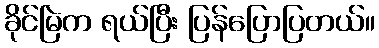
ခိုင်မြဲက ရယ်ပြီး ပြန်ပြောပြတယ်။